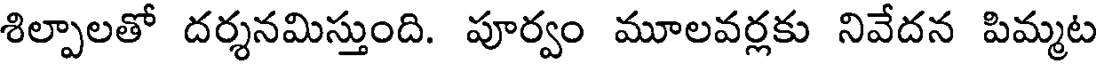
శిల్పాలతో దర్శనమిస్తుంది. పూర్వం మూలవర్లకు నివేదన పిమ్మట